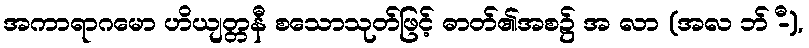
အကာရာဂမော ဟိယျတ္တနီ စသောသုတ်ဖြင့် ဓာတ်၏အစ၌ အ လာ (အလ ဘ် -ီ),